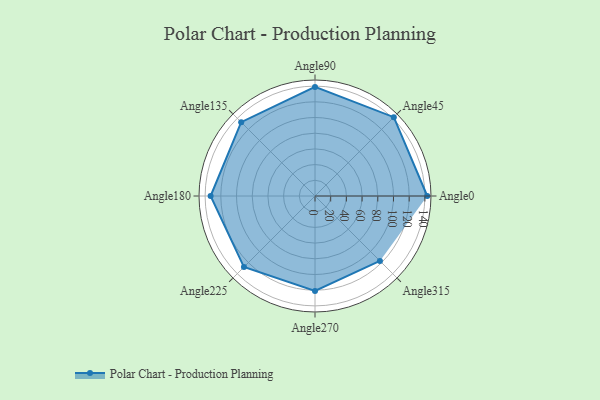
{"axis": {"x": "Angle", "y": "Radius"}, "legend": [""], "data": [{"x": "Angle0", "y": 143.0, "type": ""}, {"x": "Angle45", "y": 142.0, "type": ""}, {"x": "Angle90", "y": 139.0, "type": ""}, {"x": "Angle135", "y": 133.0, "type": ""}, {"x": "Angle180", "y": 133.0, "type": ""}, {"x": "Angle225", "y": 128.0, "type": ""}, {"x": "Angle270", "y": 121.0, "type": ""}, {"x": "Angle315", "y": 117.0, "type": ""}]}